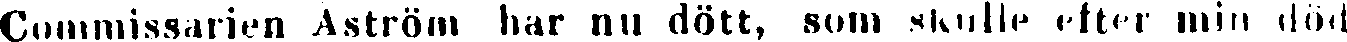
Commissarien Aström har nu dött, som skulle efter min död